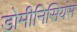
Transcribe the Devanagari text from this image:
डोमीनिसियंस